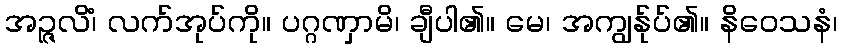
အဉ္ဇလိံ၊ လက်အုပ်ကို။ ပဂ္ဂဏှာမိ၊ ချီပါ၏။ မေ၊ အကျွန်ုပ်၏။ နိဝေသနံ၊